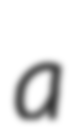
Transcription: a